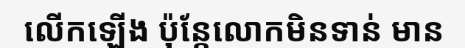
លើកឡើង ប៉ុន្តែលោកមិនទាន់ មាន